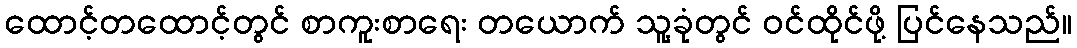
ထောင့်တထောင့်တွင် စာကူးစာရေး တယောက် သူ့ခုံတွင် ဝင်ထိုင်ဖို့ ပြင်နေသည်။